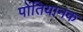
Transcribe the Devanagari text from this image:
पोंतियानक